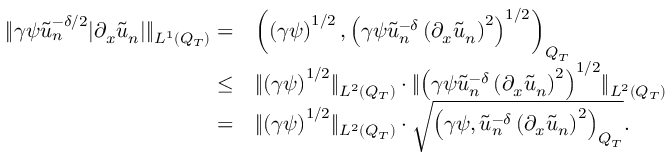
\begin{array} { r l } { \lVert \gamma \psi \tilde { u } _ { n } ^ { - \delta / 2 } \lvert \partial _ { x } \tilde { u } _ { n } \rvert \rVert _ { L ^ { 1 } ( Q _ { T } ) } = } & { \left( \left( \gamma \psi \right) ^ { 1 / 2 } , \left( \gamma \psi \tilde { u } _ { n } ^ { - \delta } \left( \partial _ { x } \tilde { u } _ { n } \right) ^ { 2 } \right) ^ { 1 / 2 } \right) _ { Q _ { T } } } \\ { \leq } & { \lVert \left( \gamma \psi \right) ^ { 1 / 2 } \rVert _ { L ^ { 2 } ( Q _ { T } ) } \cdot \lVert \left( \gamma \psi \tilde { u } _ { n } ^ { - \delta } \left( \partial _ { x } \tilde { u } _ { n } \right) ^ { 2 } \right) ^ { 1 / 2 } \rVert _ { L ^ { 2 } ( Q _ { T } ) } } \\ { = } & { \lVert \left( \gamma \psi \right) ^ { 1 / 2 } \rVert _ { L ^ { 2 } ( Q _ { T } ) } \cdot \sqrt { \left( \gamma \psi , \tilde { u } _ { n } ^ { - \delta } \left( \partial _ { x } \tilde { u } _ { n } \right) ^ { 2 } \right) _ { Q _ { T } } } . } \end{array}